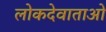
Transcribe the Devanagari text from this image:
लोकदेवाताओ